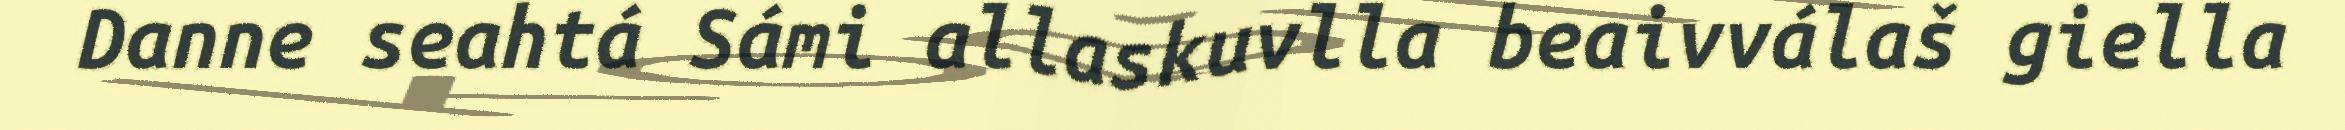
Danne seahtá Sámi allaskuvlla beaivválaš giella